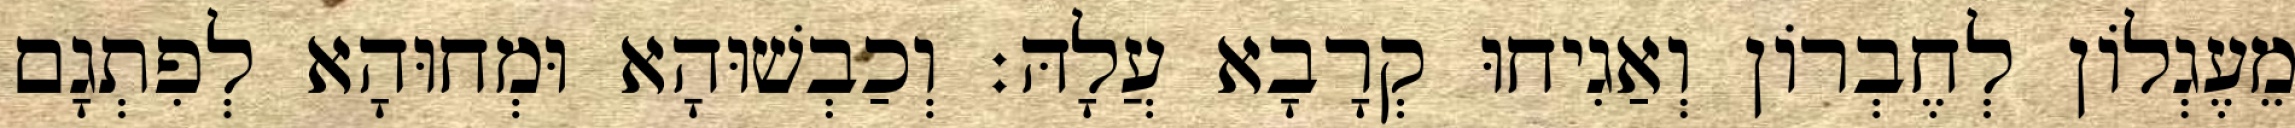
מֵעֶגְלוֹן לְחֶבְרוֹן וְאַגִיחוּ קְרָבָא עֲלָהּ׃ וְכַבְשׁוּהָא וּמְחוּהָא לְפִתְגָם